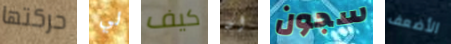
حركتها لي كيف ان سجون الأضعف